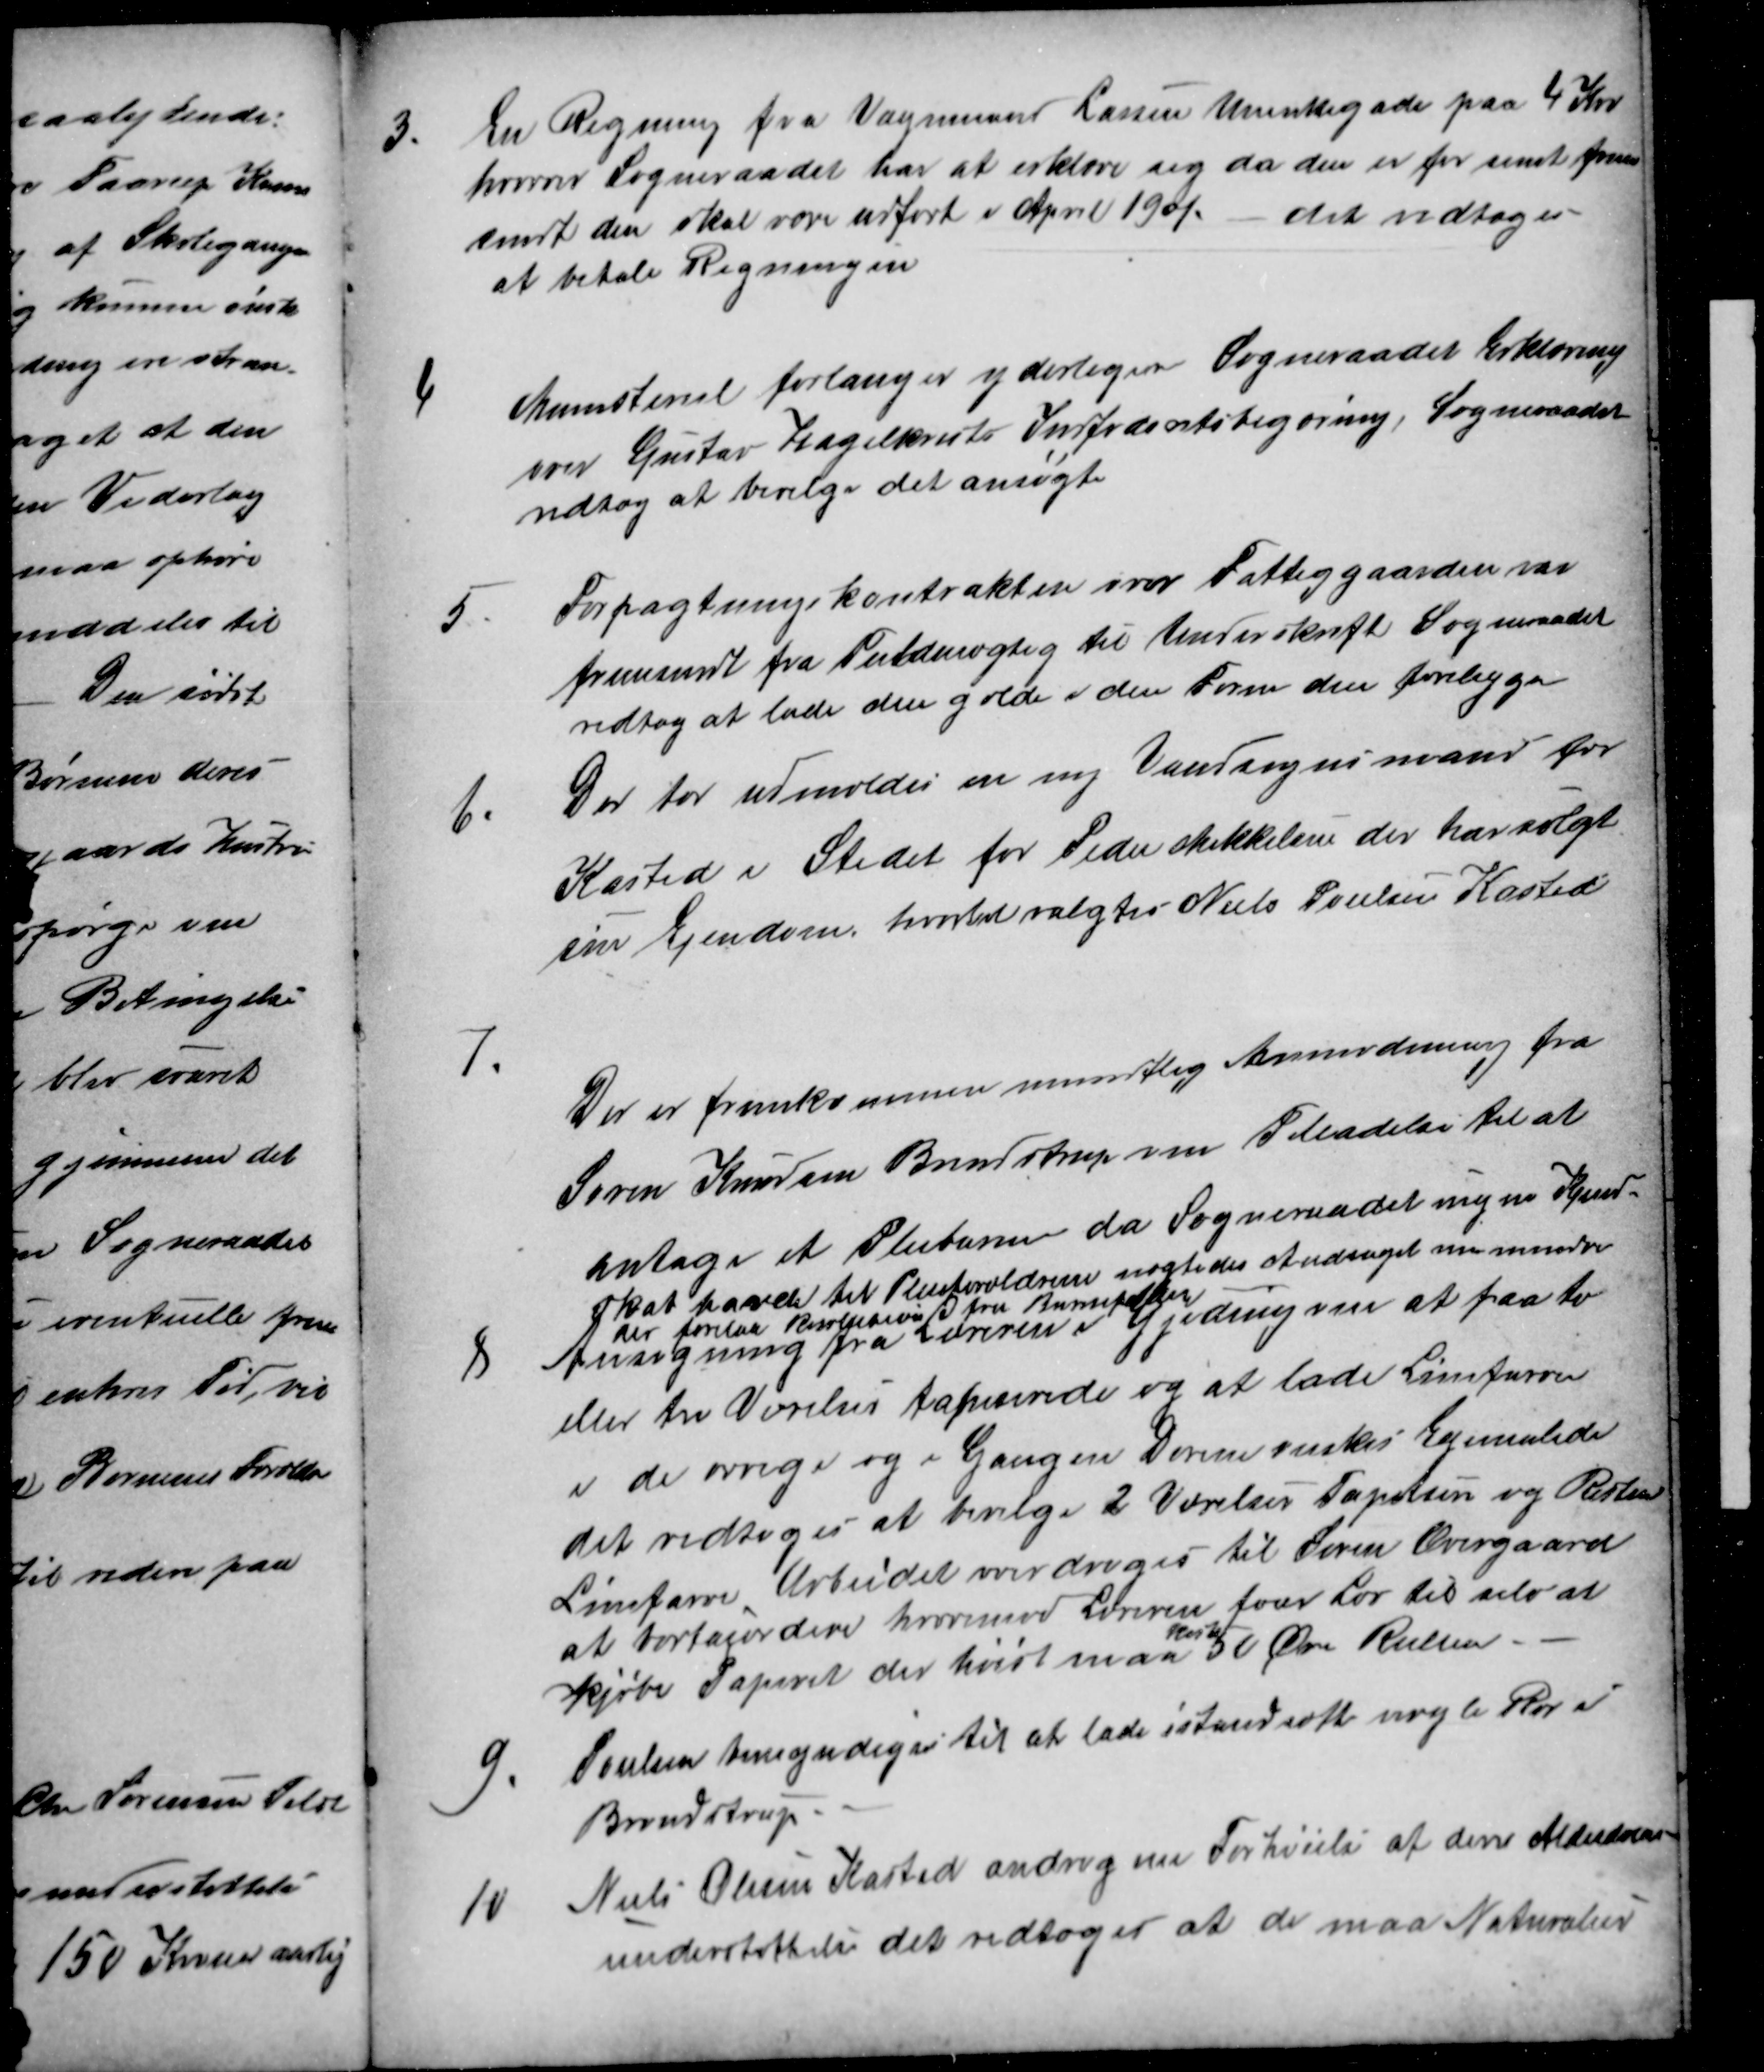
Transskription:
3.
En Regning fra Vognmand Larsen Munkegade paa 4 Kro
hvorved Sogneraadet har at erklære sig da den er for sent frem
sendt den skal være udført i April 1901.
det vedtoges
at betale Regningen
4
Ministeriet forlanger yderligere Sogneraadet Erklæring
over Gustav Hagelkvists Indfødsretsbegæring, Sogneraadet
vedtog at bevilge det ansøgte
5
Forpagtningskontrakten over Fattiggaarden var
fremsendt fra Fuldmægtig til Underskrift Sogneraadet
vedtog at lade den gælde i den Form den foreligger
6.
Der bør udmeldes en ny Vandsynsmand for
Kasted i Stedet for Peder Mikkelsen der har solgt
sin Ejendom, hvortil valgtes Niels Poulsen Kasted
7.
Der er fremkommen mundtlig Anmodning fra
Søren Knudsen Brendstrup om Tilladelse til at
antage et Pleiebarn da Sogneraadet ingen Kjend-
skab havde til Pleieforældrene nægtedes Andraget medmindre
der forelaa Resolution fra Barnefaderen
8
Ansøgning fra Læreren i Gjeding vare at faa to
eller tre Værelser tapeserede og at lade Limfarve
i de øvrige og i Gangen Dørene ønskes Egemalede
det vedtoges at bevilge 2 Værelser Tapetsere og Resten
Limfarve Arbeidet overdroges til Søren Overgaard
at bortacordere hvorimod Læreren faar Lov til selv at
kjøbe Papiret der hvist maa
koste
50 Øre Rullen.
9.
Poulsen bemyndiges til at lade istandsætte nogle Rør i
Brendstrup.
10
Niels Olesen Kasted androg om Forhøielse af den Alderdoms
understøttelse det vedtoges at der maa Naturalier